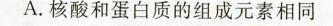
A.核酸和蛋白质的组成元素相同